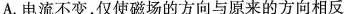
A.电流不变，仅使磁场的方向与原来的方向相反